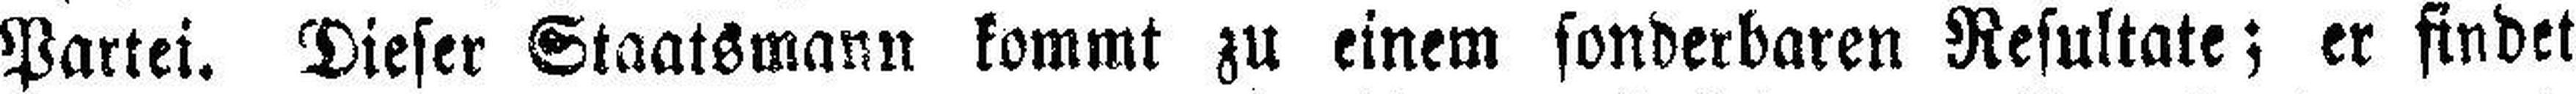
Partei. Dieser Staatsmann kommt zu einem sonderbaren Resultate; er findet